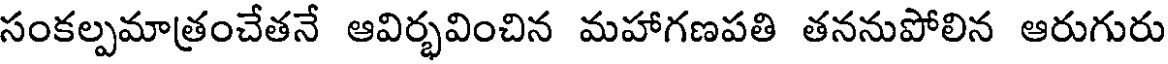
సంకల్పమాత్రంచేతనే ఆవిర్భవించిన మహాగణపతి తననుపోలిన ఆరుగురు